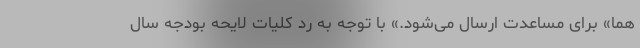
هما» برای مساعدت ارسال می‌شود.» با توجه به رد کلیات لایحه بودجه سال